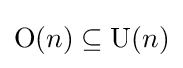
\mathrm {O} (n)\subseteq \mathrm {U} (n)